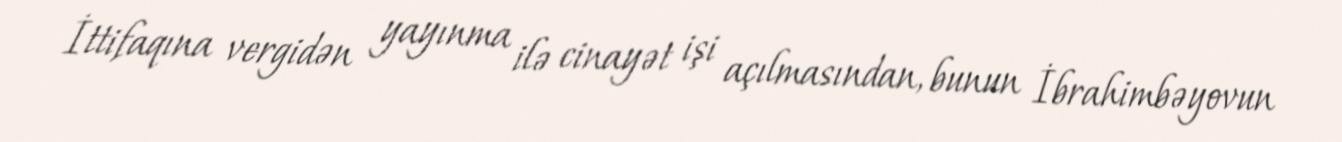
İttifaqına vergidən yayınma ilə cinayət işi açılmasından, bunun İbrahimbəyovun